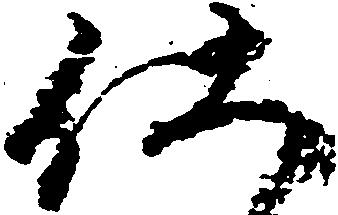
仕